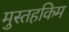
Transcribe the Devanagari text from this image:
मुस्तहकिम